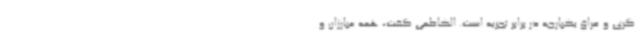
گری و عراق یکپارچه در برابر تجزیه است. الکاظمی گفت، همه مبارزان و